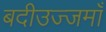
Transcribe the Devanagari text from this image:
बदीउज्जमाँ